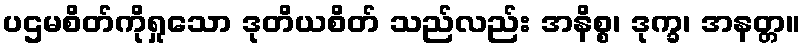
ပဌမစိတ်ကိုရှုသော ဒုတိယစိတ် သည်လည်း အနိစ္စ၊ ဒုက္ခ၊ အနတ္တ။